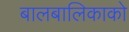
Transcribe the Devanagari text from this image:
बालबालिकाको